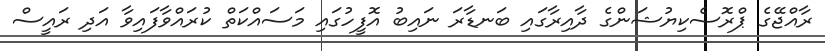
ރާއްޖޭގެ ޕްރޮސެކިޔުޝަންގެ ދާއިރާގައި ބަނޑާރަ ނައިބު އޮފީހުގައި މަސައްކަތް ކުރައްވާފައިވާ އަދި ރައީސް